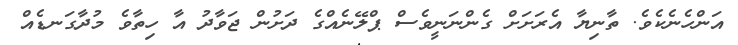
އަންހެނެކެވެ. ތާނިޔާ އެރަށަށް ގެންނަނީވެސް ޕްލޭނެއްގެ ދަށުން ޖަވާދު އާ ހިތާވެ މުދާގަނޑެއް